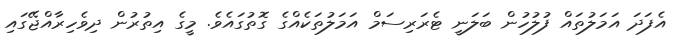
އެފަދަ އަމަލުތައް ފުލުހުން ބަލަނީ ޓެރަރިސަމް އަމަލުތަކެއްގެ ގޮތުގައެވެ. މީގެ އިތުރުން ދިވެހިރާއްޖޭގައި